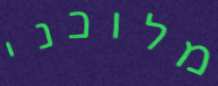
מלוכני